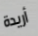
أريدة